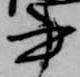
書